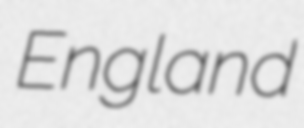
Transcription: England